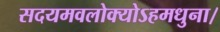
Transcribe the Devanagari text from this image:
सदयमवलोक्योऽहमधुना।